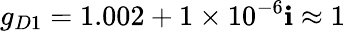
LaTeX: g_{D1}=1.002+1\times10^{-6}\mathbf{i}\approx1